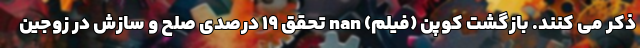
ذکر می کنند. بازگشت کوپن (فیلم) nan تحقق ۱۹ درصدی صلح و سازش در زوجین